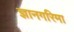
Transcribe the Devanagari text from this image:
ज्ञानगरिमा